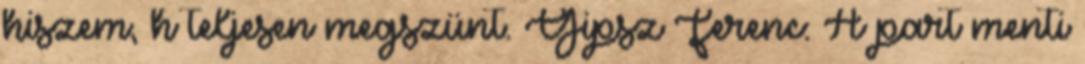
hiszem, h teljesen megszünt. Gipsz Ferenc: A part menti